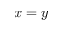
x = y